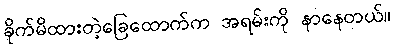
ခိုက်မိထားတဲ့ခြေထောက်က အရမ်းကို နာနေတယ်။